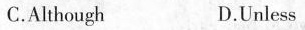
C.Although D.Unless